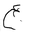
Letter: _ayn